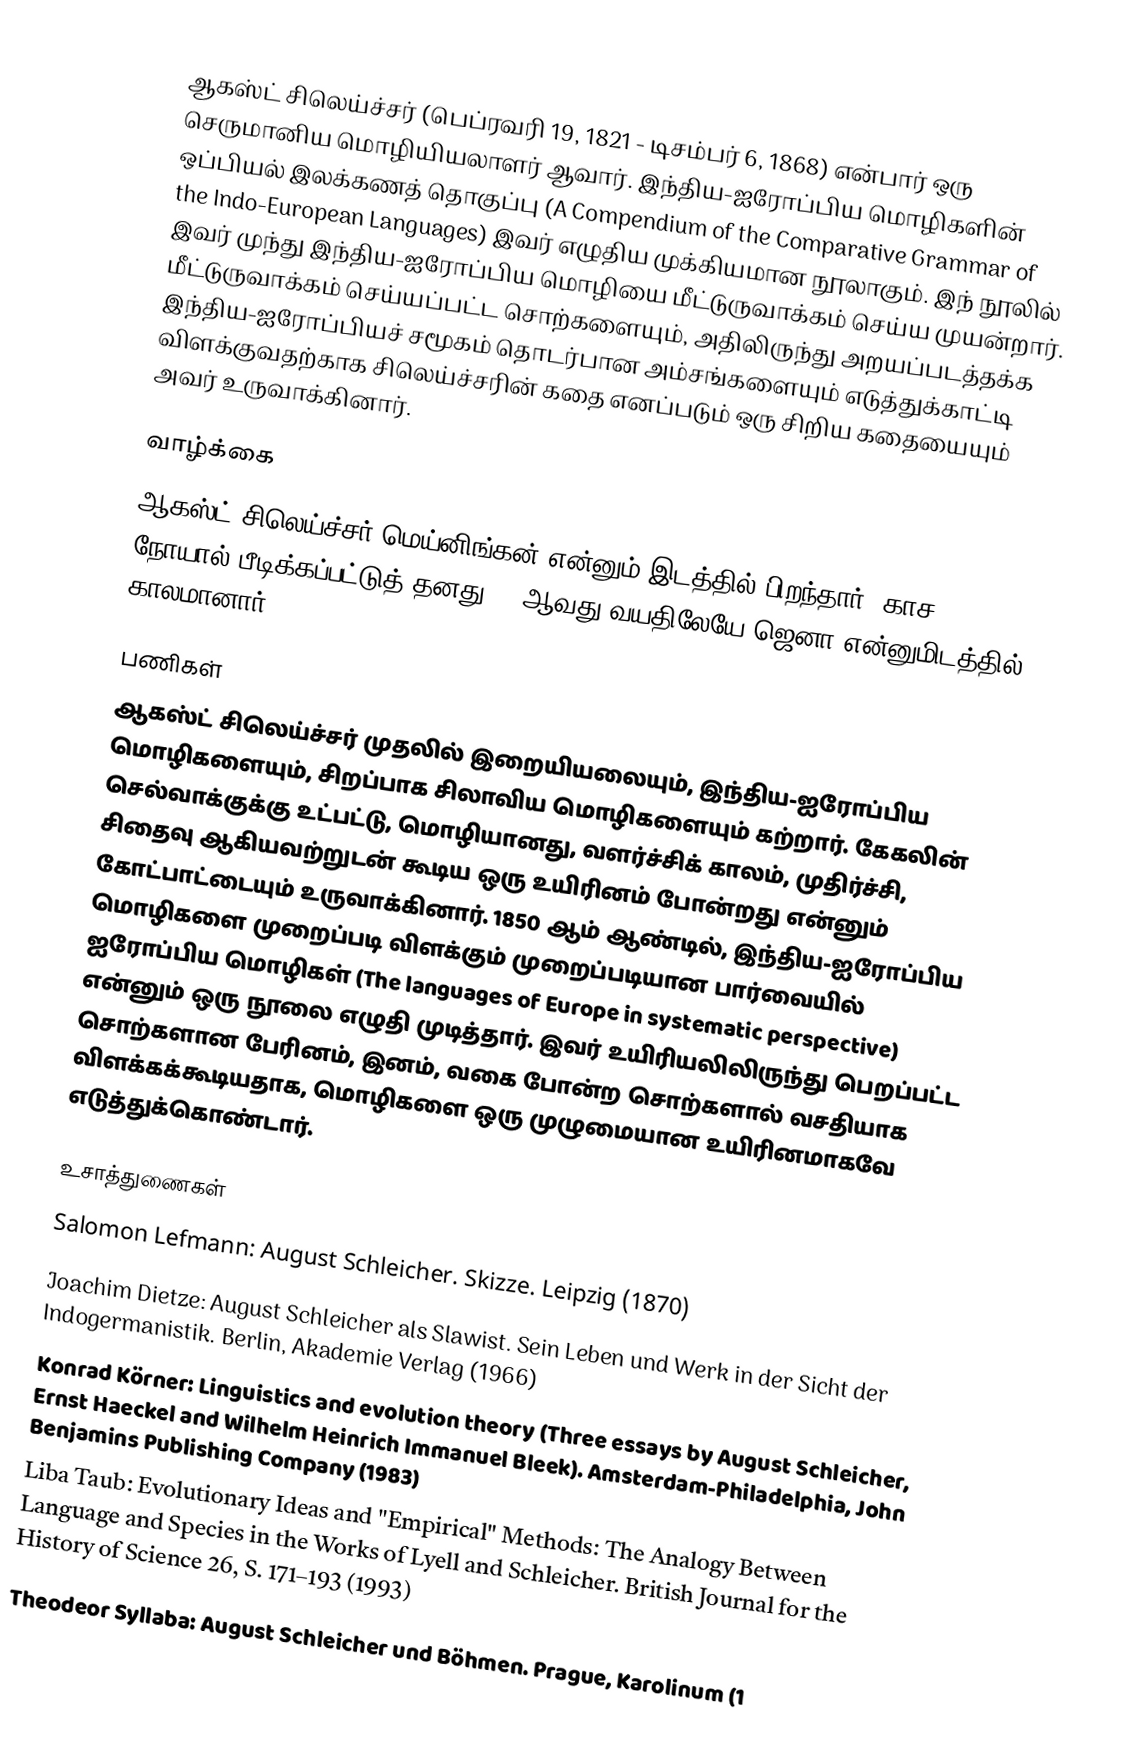
ஆகஸ்ட் சிலெய்ச்சர் (பெப்ரவரி 19, 1821 - டிசம்பர் 6, 1868) என்பார் ஒரு செருமானிய மொழியியலாளர் ஆவார். இந்திய-ஐரோப்பிய மொழிகளின் ஒப்பியல் இலக்கணத் தொகுப்பு (A Compendium of the Comparative Grammar of the Indo-European Languages) இவர் எழுதிய முக்கியமான நூலாகும். இந் நூலில் இவர் முந்து இந்திய-ஐரோப்பிய மொழியை மீட்டுருவாக்கம் செய்ய முயன்றார். மீட்டுருவாக்கம் செய்யப்பட்ட சொற்களையும், அதிலிருந்து அறயப்படத்தக்க இந்திய-ஐரோப்பியச் சமூகம் தொடர்பான அம்சங்களையும் எடுத்துக்காட்டி விளக்குவதற்காக சிலெய்ச்சரின் கதை எனப்படும் ஒரு சிறிய கதையையும் அவர் உருவாக்கினார்.

வாழ்க்கை
ஆகஸ்ட் சிலெய்ச்சர் மெய்னிங்கன் என்னும் இடத்தில் பிறந்தார். காச நோயால் பீடிக்கப்பட்டுத் தனது 47 ஆவது வயதிலேயே ஜெனா என்னுமிடத்தில் காலமானார்.

பணிகள்
ஆகஸ்ட் சிலெய்ச்சர் முதலில் இறையியலையும், இந்திய-ஐரோப்பிய மொழிகளையும், சிறப்பாக சிலாவிய மொழிகளையும் கற்றார். கேகலின் செல்வாக்குக்கு உட்பட்டு, மொழியானது, வளர்ச்சிக் காலம், முதிர்ச்சி, சிதைவு ஆகியவற்றுடன் கூடிய ஒரு உயிரினம் போன்றது என்னும் கோட்பாட்டையும் உருவாக்கினார். 1850 ஆம் ஆண்டில், இந்திய-ஐரோப்பிய மொழிகளை முறைப்படி விளக்கும் முறைப்படியான பார்வையில் ஐரோப்பிய மொழிகள் (The languages of Europe in systematic perspective) என்னும் ஒரு நூலை எழுதி முடித்தார். இவர் உயிரியலிலிருந்து பெறப்பட்ட சொற்களான பேரினம், இனம், வகை போன்ற சொற்களால் வசதியாக விளக்கக்கூடியதாக, மொழிகளை ஒரு முழுமையான உயிரினமாகவே எடுத்துக்கொண்டார்.

உசாத்துணைகள்
 Salomon Lefmann: August Schleicher. Skizze. Leipzig (1870)
 Joachim Dietze: August Schleicher als Slawist. Sein Leben und Werk in der Sicht der Indogermanistik. Berlin, Akademie Verlag (1966)
 Konrad Körner: Linguistics and evolution theory (Three essays by August Schleicher, Ernst Haeckel and Wilhelm Heinrich Immanuel Bleek). Amsterdam-Philadelphia, John Benjamins Publishing Company (1983)
 Liba Taub: Evolutionary Ideas and "Empirical" Methods: The Analogy Between Language and Species in the Works of Lyell and Schleicher. British Journal for the History of Science 26, S. 171–193 (1993)
 Theodeor Syllaba: August Schleicher und Böhmen. Prague, Karolinum (1